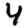
Digit: 4